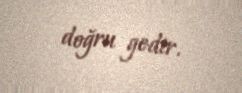
doğru gedir.